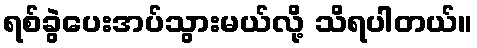
ရစ်ခွဲပေးအပ်သွားမယ်လို့ သိရပါတယ်။